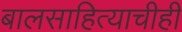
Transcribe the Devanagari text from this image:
बालसाहित्याचीही